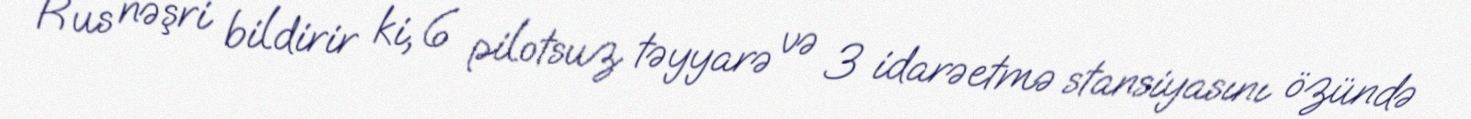
Rus nəşri bildirir ki, 6 pilotsuz təyyarə və 3 idarəetmə stansiyasını özündə